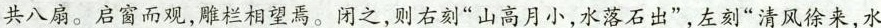
共八扇。启窗而观，雕栏相望焉。闭之，则右刻”山高月小，水落石出”，左刻”清风徐来，水